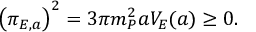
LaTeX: \bigl ( \pi _ { E , a } \bigr ) ^ { 2 } = 3 \pi m _ { P } ^ { 2 } a V _ { E } ( a ) \geq 0 .